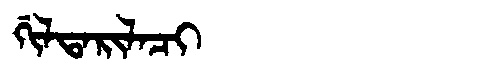
Manchu: ᡤᡳᠯᡨᠠᡵᡳᠯᠠᠴᡳ
Romanization: GILTARILACI